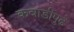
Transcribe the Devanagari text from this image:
कवाडीपुढे